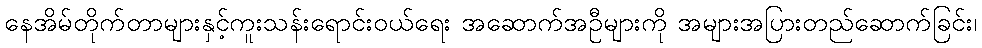
နေအိမ်တိုက်တာများနှင့်ကူးသန်းရောင်းဝယ်ရေး အဆောက်အဦများကို အများအပြားတည်ဆောက်ခြင်း၊